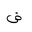
Letter: _dad